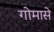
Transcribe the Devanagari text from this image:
गोमासे